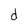
Character: d